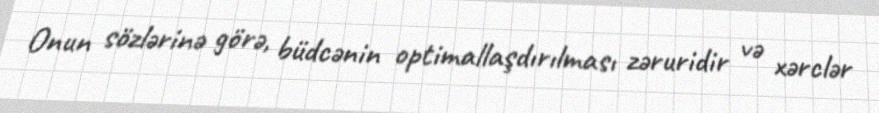
Onun sözlərinə görə, büdcənin optimallaşdırılması zəruridir və xərclər